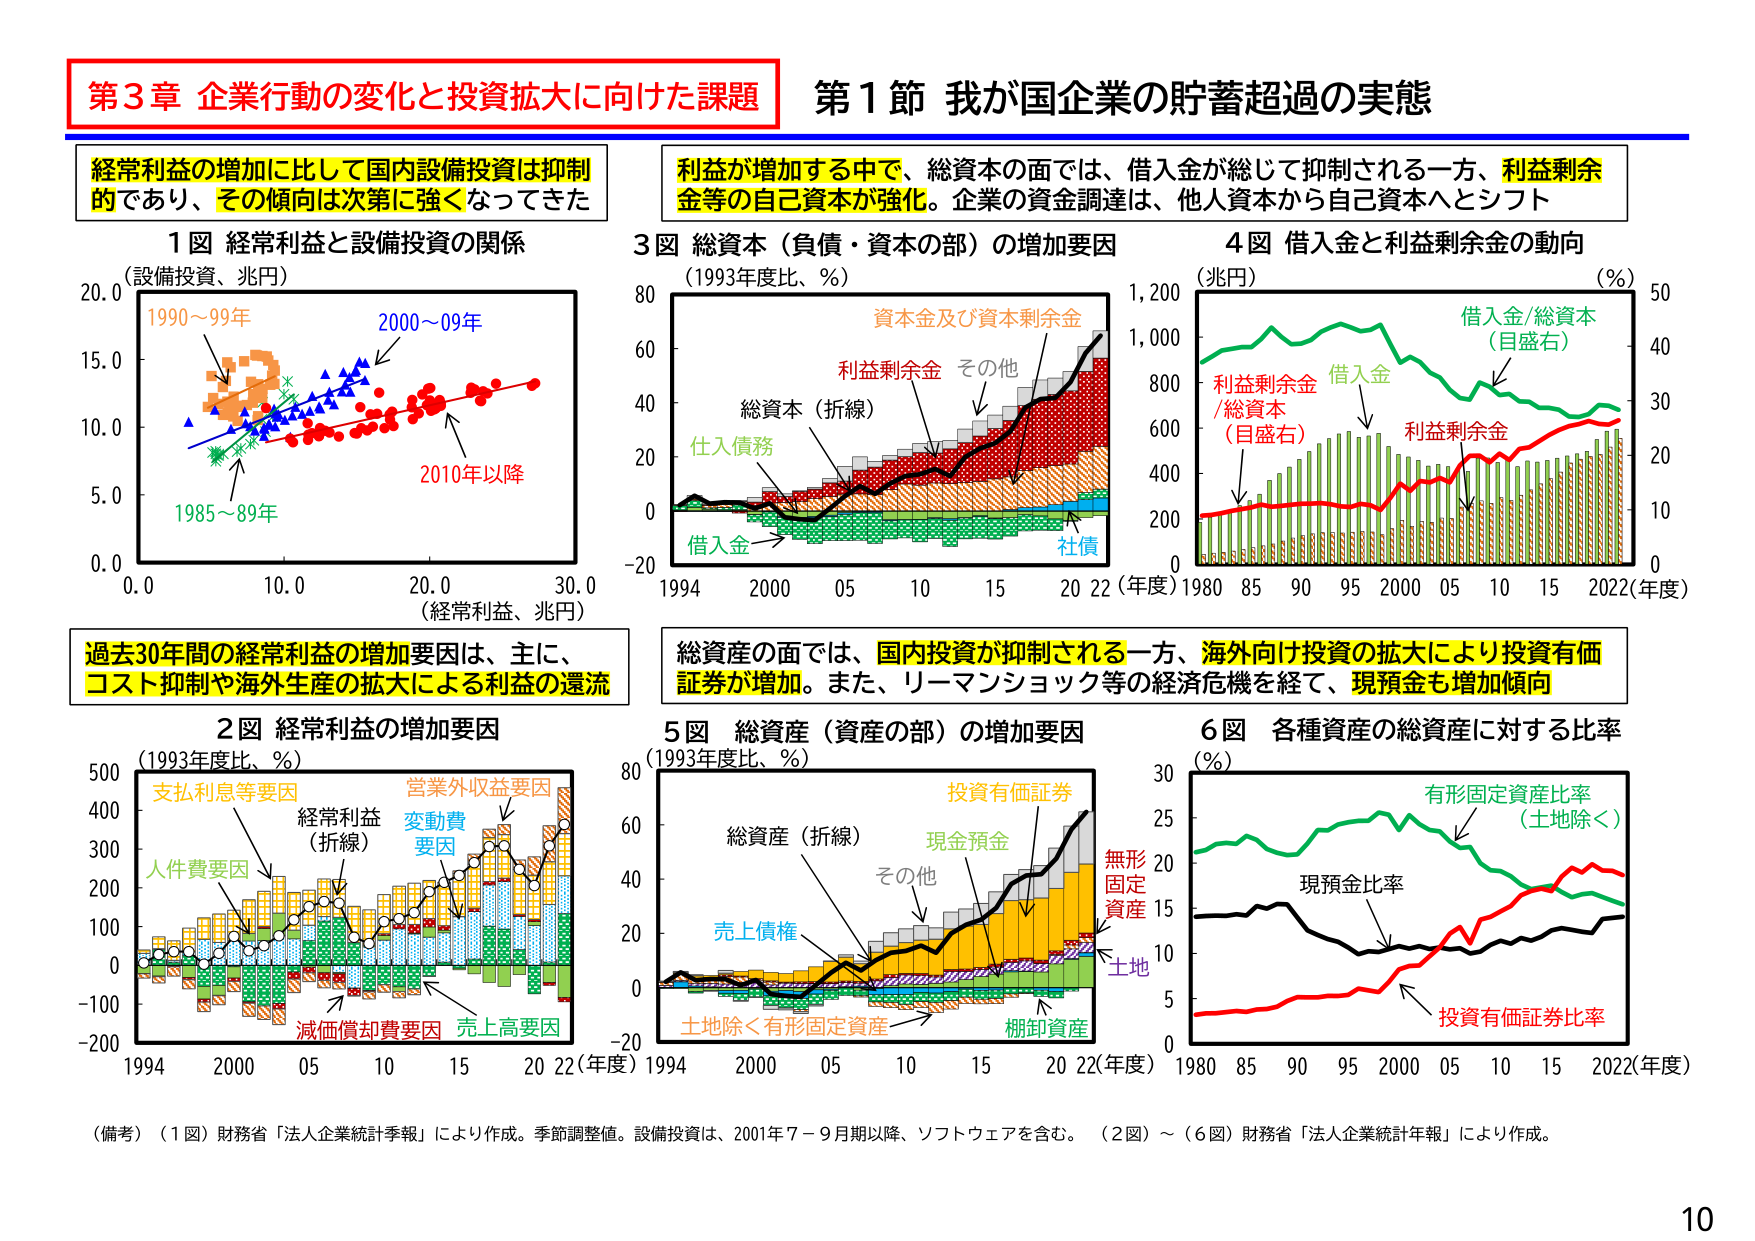
第3章 企業行動の変化と投資拡大に向けた課題
第1節 我が国企業の貯蓄超過の実態

経常利益の増加に比して国内設備投資は抑制的であり、その傾向は次第に強くなってきた

1図 経常利益と設備投資の関係
（設備投資、兆円）
1990～99年
2000～09年
1985～89年
2010年以降
（経常利益、兆円）

利益が増加する中で、総資本の面では、借入金が総じて抑制される一方、利益剰余金等の自己資本が強化。企業の資金調達は、他人資本から自己資本へとシフト

3図 総資本（負債・資本の部）の増加要因
（1993年度比、％）
資本金及び資本剰余金
利益剰余金
その他
総資本（折線）
仕入債務
借入金
社債
1994 2000 05 10 15 20 22（年度）

4図 借入金と利益剰余金の動向
（兆円）
（％）
50
40
30
20
10
0
1,200
1,000
800
600
400
200
0
借入金/総資本（目盛右）
利益剰余金/総資本（目盛右）
借入金
利益剰余金
1980 85 90 95 2000 05 10 15 2022（年度）

過去30年間の経常利益の増加要因は、主に、コスト抑制や海外生産の拡大による利益の還流

2図 経常利益の増加要因
（1993年度比、％）
支払利息等要因
人件費要因
経常利益（折線）
変動費要因
営業外収益要因
減価償却費要因
売上高要因
1994 2000 05 10 15 20 22（年度）

総資産の面では、国内投資が抑制される一方、海外向け投資の拡大により投資有価証券が増加。また、リーマンショック等の経済危機を経て、現預金も増加傾向

5図 総資産（資産の部）の増加要因
（1993年度比、％）
投資有価証券
現金預金
その他
総資産（折線）
売上債権
土地除く有形固定資産
棚卸資産
1994 2000 05 10 15 20 22（年度）

6図 各種資産の総資産に対する比率
（％）
30
25
20
15
10
5
0
有形固定資産比率（土地除く）
現預金比率
投資有価証券比率
無形固定資産
土地
1980 85 90 95 2000 05 10 15 2022（年度）

（備考）（1図）財務省「法人企業統計季報」により作成。季節調整値。設備投資は、2001年7－9月期以降、ソフトウェアを含む。（2図）～（6図）財務省「法人企業統計年報」により作成。

10